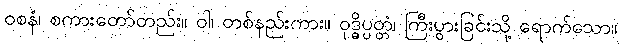
ဝစနံ၊ စကားတော်တည်း။ ဝါ၊ တစ်နည်းကား။ ဝုဒ္ဓိပ္ပတ္တံ၊ ကြီးပွားခြင်းသို့ ရောက်သော။